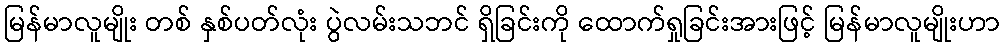
မြန်မာလူမျိုး တစ် နှစ်ပတ်လုံး ပွဲလမ်းသဘင် ရှိခြင်းကို ထောက်ရှုခြင်းအားဖြင့် မြန်မာလူမျိုးဟာ